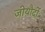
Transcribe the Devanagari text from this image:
जीयौर्दी